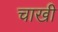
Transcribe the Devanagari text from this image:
चाखी